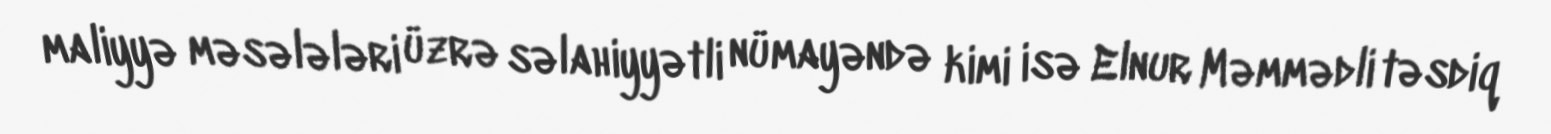
maliyyə məsələləri üzrə səlahiyyətli nümayəndə kimi isə Elnur Məmmədli təsdiq